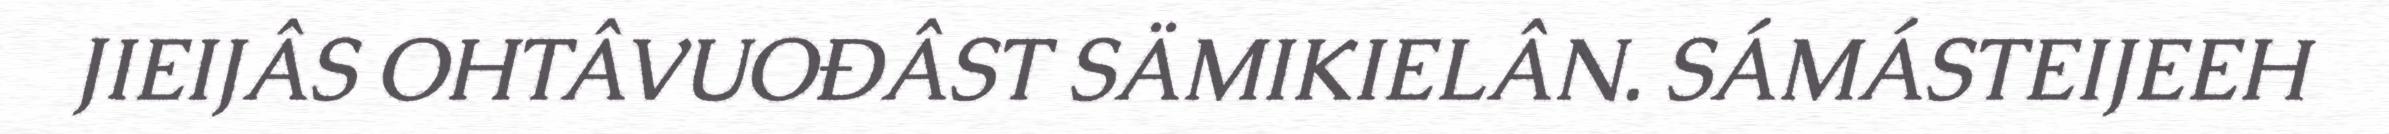
JIEIJÂS OHTÂVUOĐÂST SÄMIKIELÂN. SÁMÁSTEIJEEH